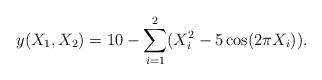
LaTeX: \begin{align*} y(X_1,X_2)=10-\sum_{i=1}^2(X_i^2-5\cos(2\pi X_i)).\end{align*}